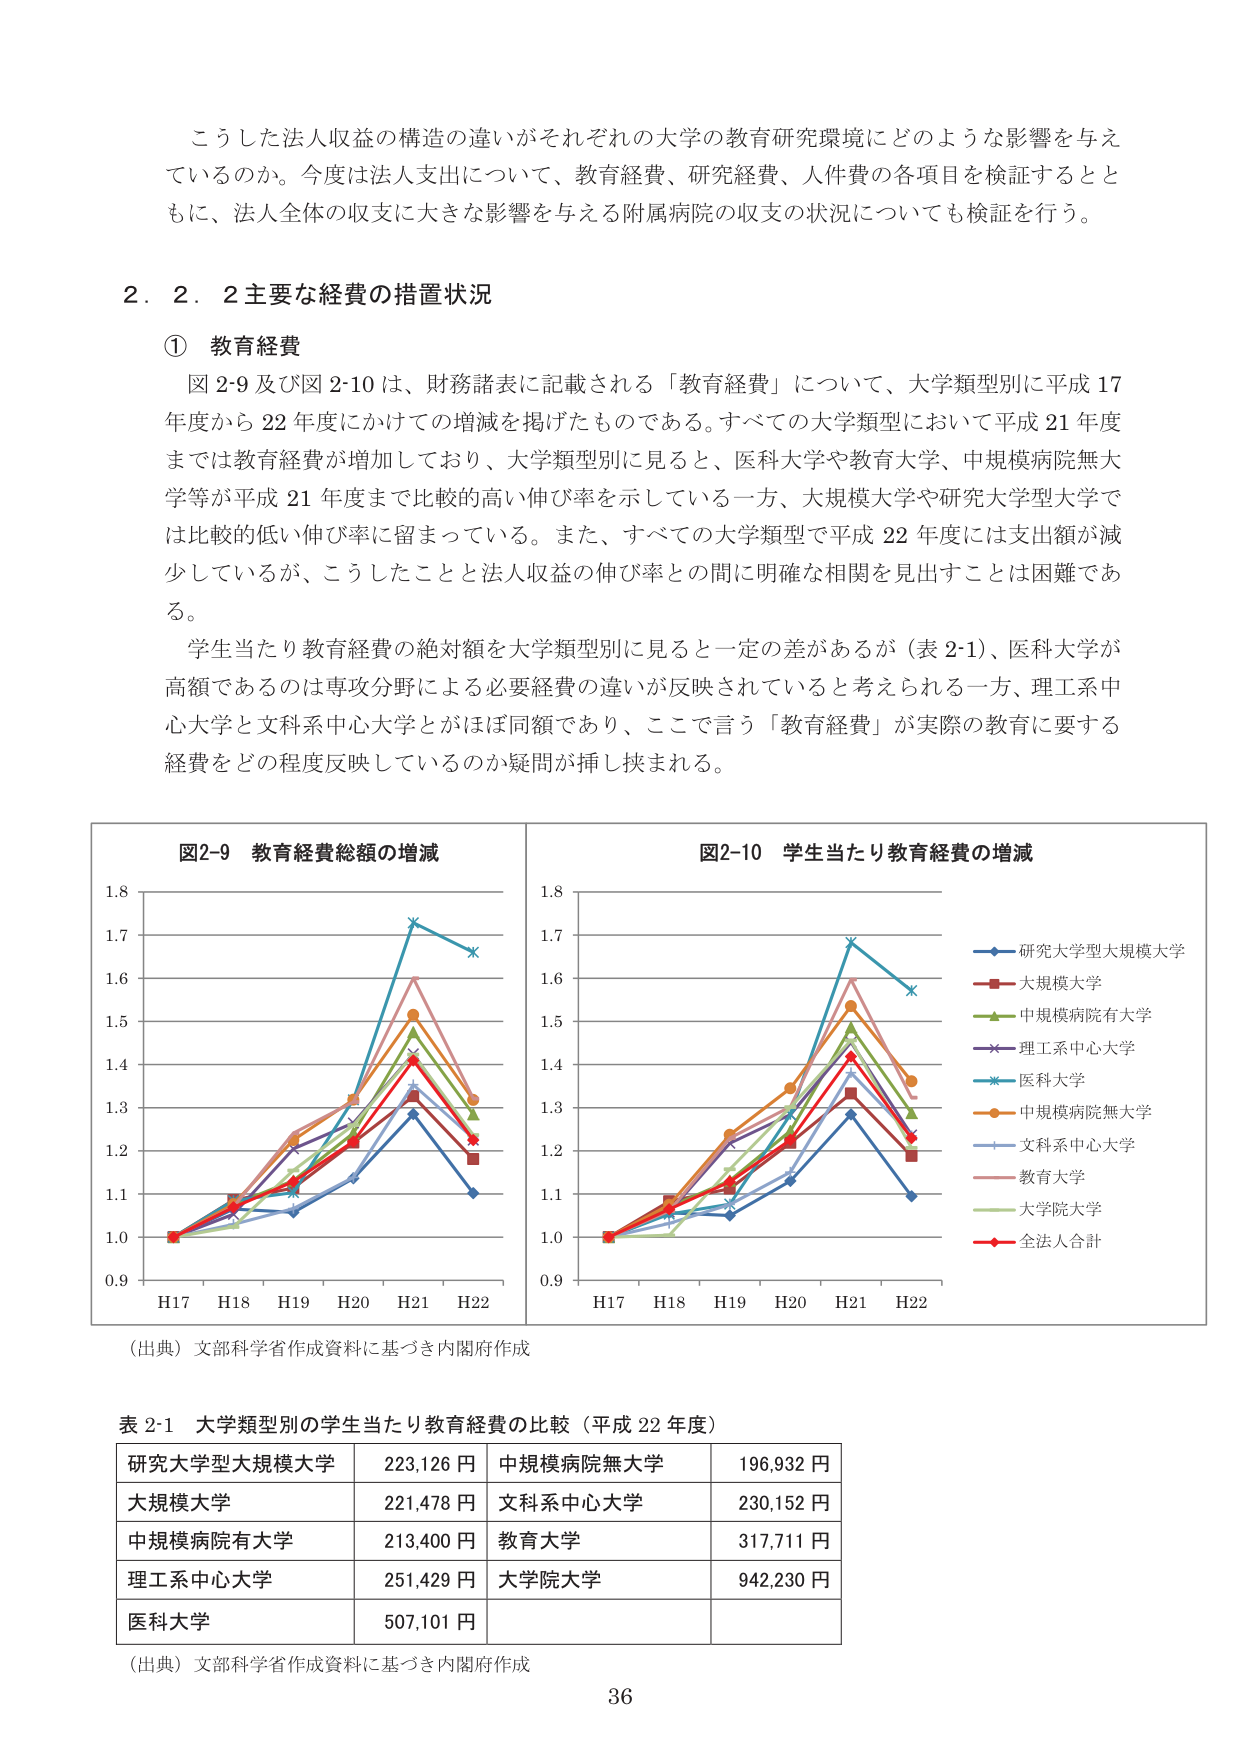
こうした法人収益の構造の違いがそれぞれの大学の教育研究環境にどのような影響を与えているのか。今度は法人支出について、教育経費、研究経費、人件費の各項目を検証するとともに、法人全体の収支に大きな影響を与える附属病院の収支の状況についても検証を行う。

２．２．２ 主要な経費の措置状況

① 教育経費

図2-9及び図2-10は、財務諸表に記載される「教育経費」について、大学類型別に平成17年度から22年度にかけての増減を掲げたものである。すべての大学類型において平成21年度までは教育経費が増加しており、大学類型別に見ると、医科大学や教育大学、中規模病院無大学等が平成21年度まで比較的高い伸び率を示している一方、大規模大学や研究大学型大学では比較的低い伸び率に留まっている。また、すべての大学類型で平成22年度には支出額が減少しているが、こうしたことと法人収益の伸び率の間に明確な相関を見出すことは困難である。

学生当たり教育経費の絶対額を大学類型別に見ると一定の差があるが（表2-1）、医科大学が高額であるのは専攻分野による必要経費の違いが反映されていると考えられる一方、理工系中心大学と文科系中心大学とがほぼ同額であり、ここで言う「教育経費」が実際の教育に要する経費をどの程度反映しているのか疑問が挿し挟まれる。

図2-9 教育経費総額の増減

図2-10 学生当たり教育経費の増減

（出典）文部科学省作成資料に基づき内閣府作成

表2-1 大学類型別の学生当たり教育経費の比較（平成22年度）

研究大学型大規模大学　223,126円　中規模病院無大学　196,932円
大規模大学　221,478円　文科系中心大学　230,152円
中規模病院有大学　213,400円　教育大学　317,711円
理工系中心大学　251,429円　大学院大学　942,230円
医科大学　507,101円

（出典）文部科学省作成資料に基づき内閣府作成

36

図2-9の凡例（グラフ内）：
- 研究大学型大規模大学（青い菱形）
- 大規模大学（赤い正方形）
- 中規模病院有大学（緑の三角形）
- 理工系中心大学（紫の星形）
- 医科大学（青い星形）
- 中規模病院無大学（橙色の円）
- 文科系中心大学（青い十字）
- 教育大学（ピンクの四角）
- 大学院大学（薄緑の三角形）
- 全法人合計（赤い菱形）

図2-10の凡例（グラフ内）：
- 研究大学型大規模大学（青い菱形）
- 大規模大学（赤い正方形）
- 中規模病院有大学（緑の三角形）
- 理工系中心大学（紫の星形）
- 医科大学（青い星形）
- 中規模病院無大学（橙色の円）
- 文科系中心大学（青い十字）
- 教育大学（ピンクの四角）
- 大学院大学（薄緑の三角形）
- 全法人合計（赤い菱形）

図2-9および図2-10の横軸：H17, H18, H19, H20, H21, H22
縦軸：0.9, 1.0, 1.1, 1.2, 1.3, 1.4, 1.5, 1.6, 1.7, 1.8